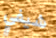
شيفي